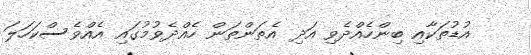
އުޑުތަކާއި ބިންހެއްދެވި އަދި އެތަންތަން ހެއްދެވުމުގައި އެއްވެސްކަހަލަ